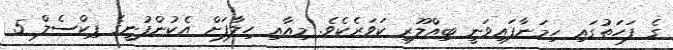
ގެ ފަހަތުގައި ހިމަނާފައިވަނީ ބިއްލޫރި ކަވަރެކެވެ. މިއާއި ހިލާފަށް އެކުންފުނީގެ ޕިކްސެލް 5